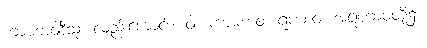
ကာမဘဝါဒီသု၊ လည်းကောင်း။ ဝါ၊ ကာမဘဝ၊ ရူပဘဝ၊ အရူပဘဝတို့၌